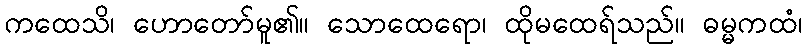
ကထေသိ၊ ဟောတော်မူ၏။ သောထေရော၊ ထိုမထေရ်သည်။ ဓမ္မကထံ၊